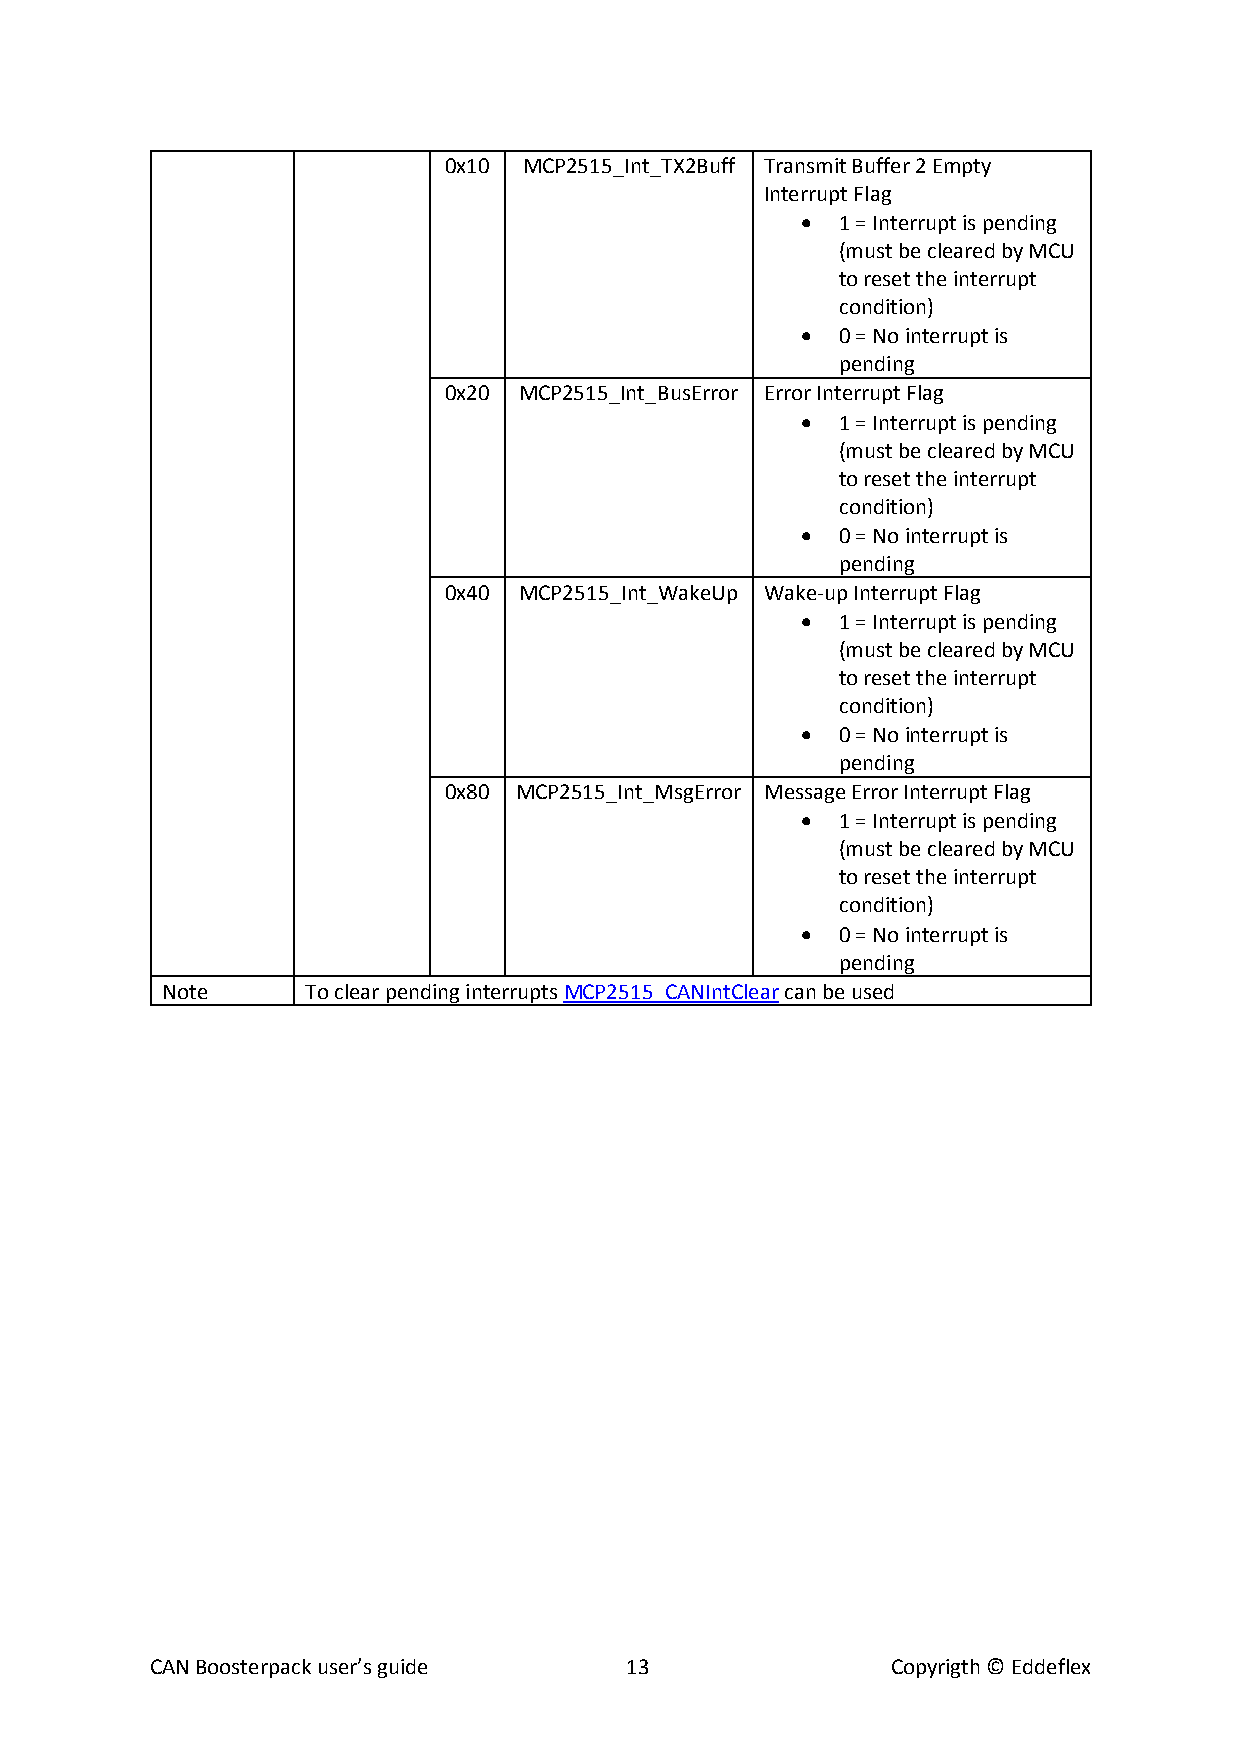
0x10  MCP2515_Int_TX2Buff Transmit Buffer 2 Empty
 Interrupt Flag
 •  1 = Interrupt is pending
 (must be cleared by MCU
 to reset the interrupt
 condition)
 •  0 = No interrupt is
 pending
 0x20 MCP2515_Int_BusError Error Interrupt Flag
 •  1 = Interrupt is pending
 (must be cleared by MCU
 to reset the interrupt
 condition)
 •  0 = No interrupt is
 pending
 0x40 MCP2515_Int_WakeUp Wake-up Interrupt Flag
 •  1 = Interrupt is pending
 (must be cleared by MCU
 to reset the interrupt
 condition)
 •  0 = No interrupt is
 pending
 0x80 MCP2515_Int_MsgError Message Error Interrupt Flag
 •  1 = Interrupt is pending
 (must be cleared by MCU
 to reset the interrupt
 condition)
 •  0 = No interrupt is
 pending
 Note     To clear pending interrupts MCP2515_CANIntClear can be used
 CAN Boosterpack user’s guide   13                Copyrigth © Eddeflex